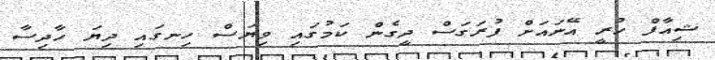
ޝިއާފް ހުރީ އޭނައަށް ފުރަގަސް ދީގެން ކަމުގައި ވިޔަސް ހިނގައި ދިޔަ ހާދިސާ